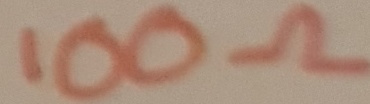
Text: 100Ω